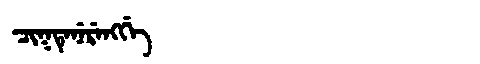
Manchu: ᠴᡳᡴᡨᡝᠨᡝᡵᡝᠩᡤᡝ
Romanization: CIKTENERENGGE